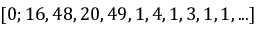
[ 0 ; 1 6 , 4 8 , 2 0 , 4 9 , 1 , 4 , 1 , 3 , 1 , 1 , . . . ]